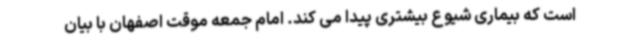
است که بیماری شیوع بیشتری پیدا می کند. امام جمعه موقت اصفهان با بیان